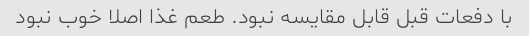
با دفعات قبل‌ قابل مقایسه نبود. طعم غذا اصلا خوب نبود